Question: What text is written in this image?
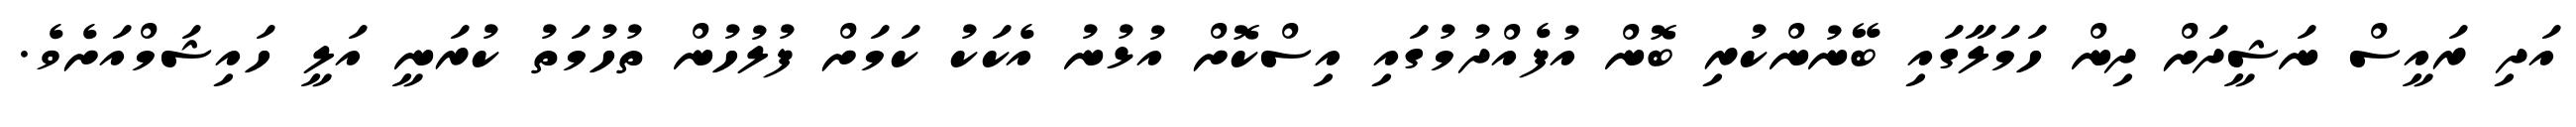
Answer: އަދި ރައީސް ނަޝީދަށް ދިން ހަމަލާގައި ބޭނުންކުރި ބޮން އުފެއްދުމުގައި އިސްކޮށް އުޅުނު އެކަކު ކަމަށް ފުލުހުން ތުހުމަތު ކުރަނީ އަލީ ހައިޝަމްއަށެވެ.